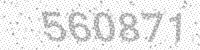
Solution: 560871